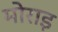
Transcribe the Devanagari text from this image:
मोराइ